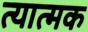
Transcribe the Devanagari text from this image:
त्यात्मक